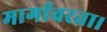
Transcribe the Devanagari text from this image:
मार्गावरता।